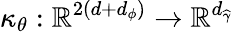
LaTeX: \kappa_{\theta}:\mathbb{R}^{2\left(d+d_{\phi}\right)}\rightarrow\mathbb{R}^{d_{\widehat{\gamma}}}